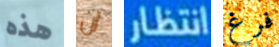
هذه ان انتظار فرغ